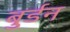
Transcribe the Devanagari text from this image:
बुर्डन